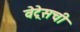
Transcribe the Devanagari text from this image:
वेट्रेसची